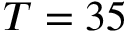
T = 3 5